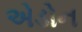
એડોન